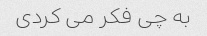
به چی فکر می کردی